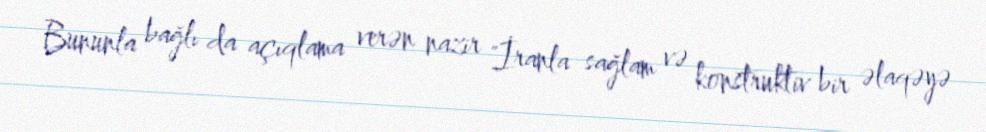
Bununla bağlı da açıqlama verən nazir "İranla sağlam və konstruktiv bir əlaqəyə